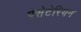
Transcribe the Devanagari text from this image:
पेसेटेरियन